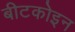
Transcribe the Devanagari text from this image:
बीटकोइन